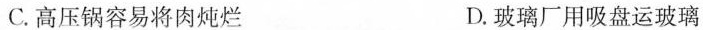
C.高压锅容易将肉炖烂 D.玻璃厂用吸盘运玻璃图